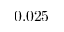
0 . 0 2 5